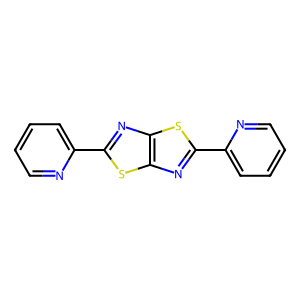
SMILES: c1ccc(-c2nc3sc(-c4ccccn4)nc3s2)nc1
Inhibits HIV replication: No